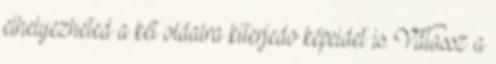
elhelyezheted a két oldalra kiterjedo képeidet is. Válassz a